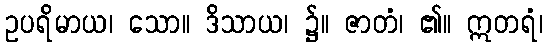
ဥပရိမာယ၊ သော။ ဒိသာယ၊ ၌။ ဇာတံ၊ ၏။ ဣတရံ၊